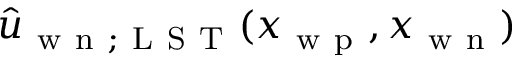
\hat { u } _ { \mathrm { ~ w ~ n ~ } ; \mathrm { ~ L ~ S ~ T ~ } } ( x _ { \mathrm { ~ w ~ p ~ } } , x _ { \mathrm { ~ w ~ n ~ } } )